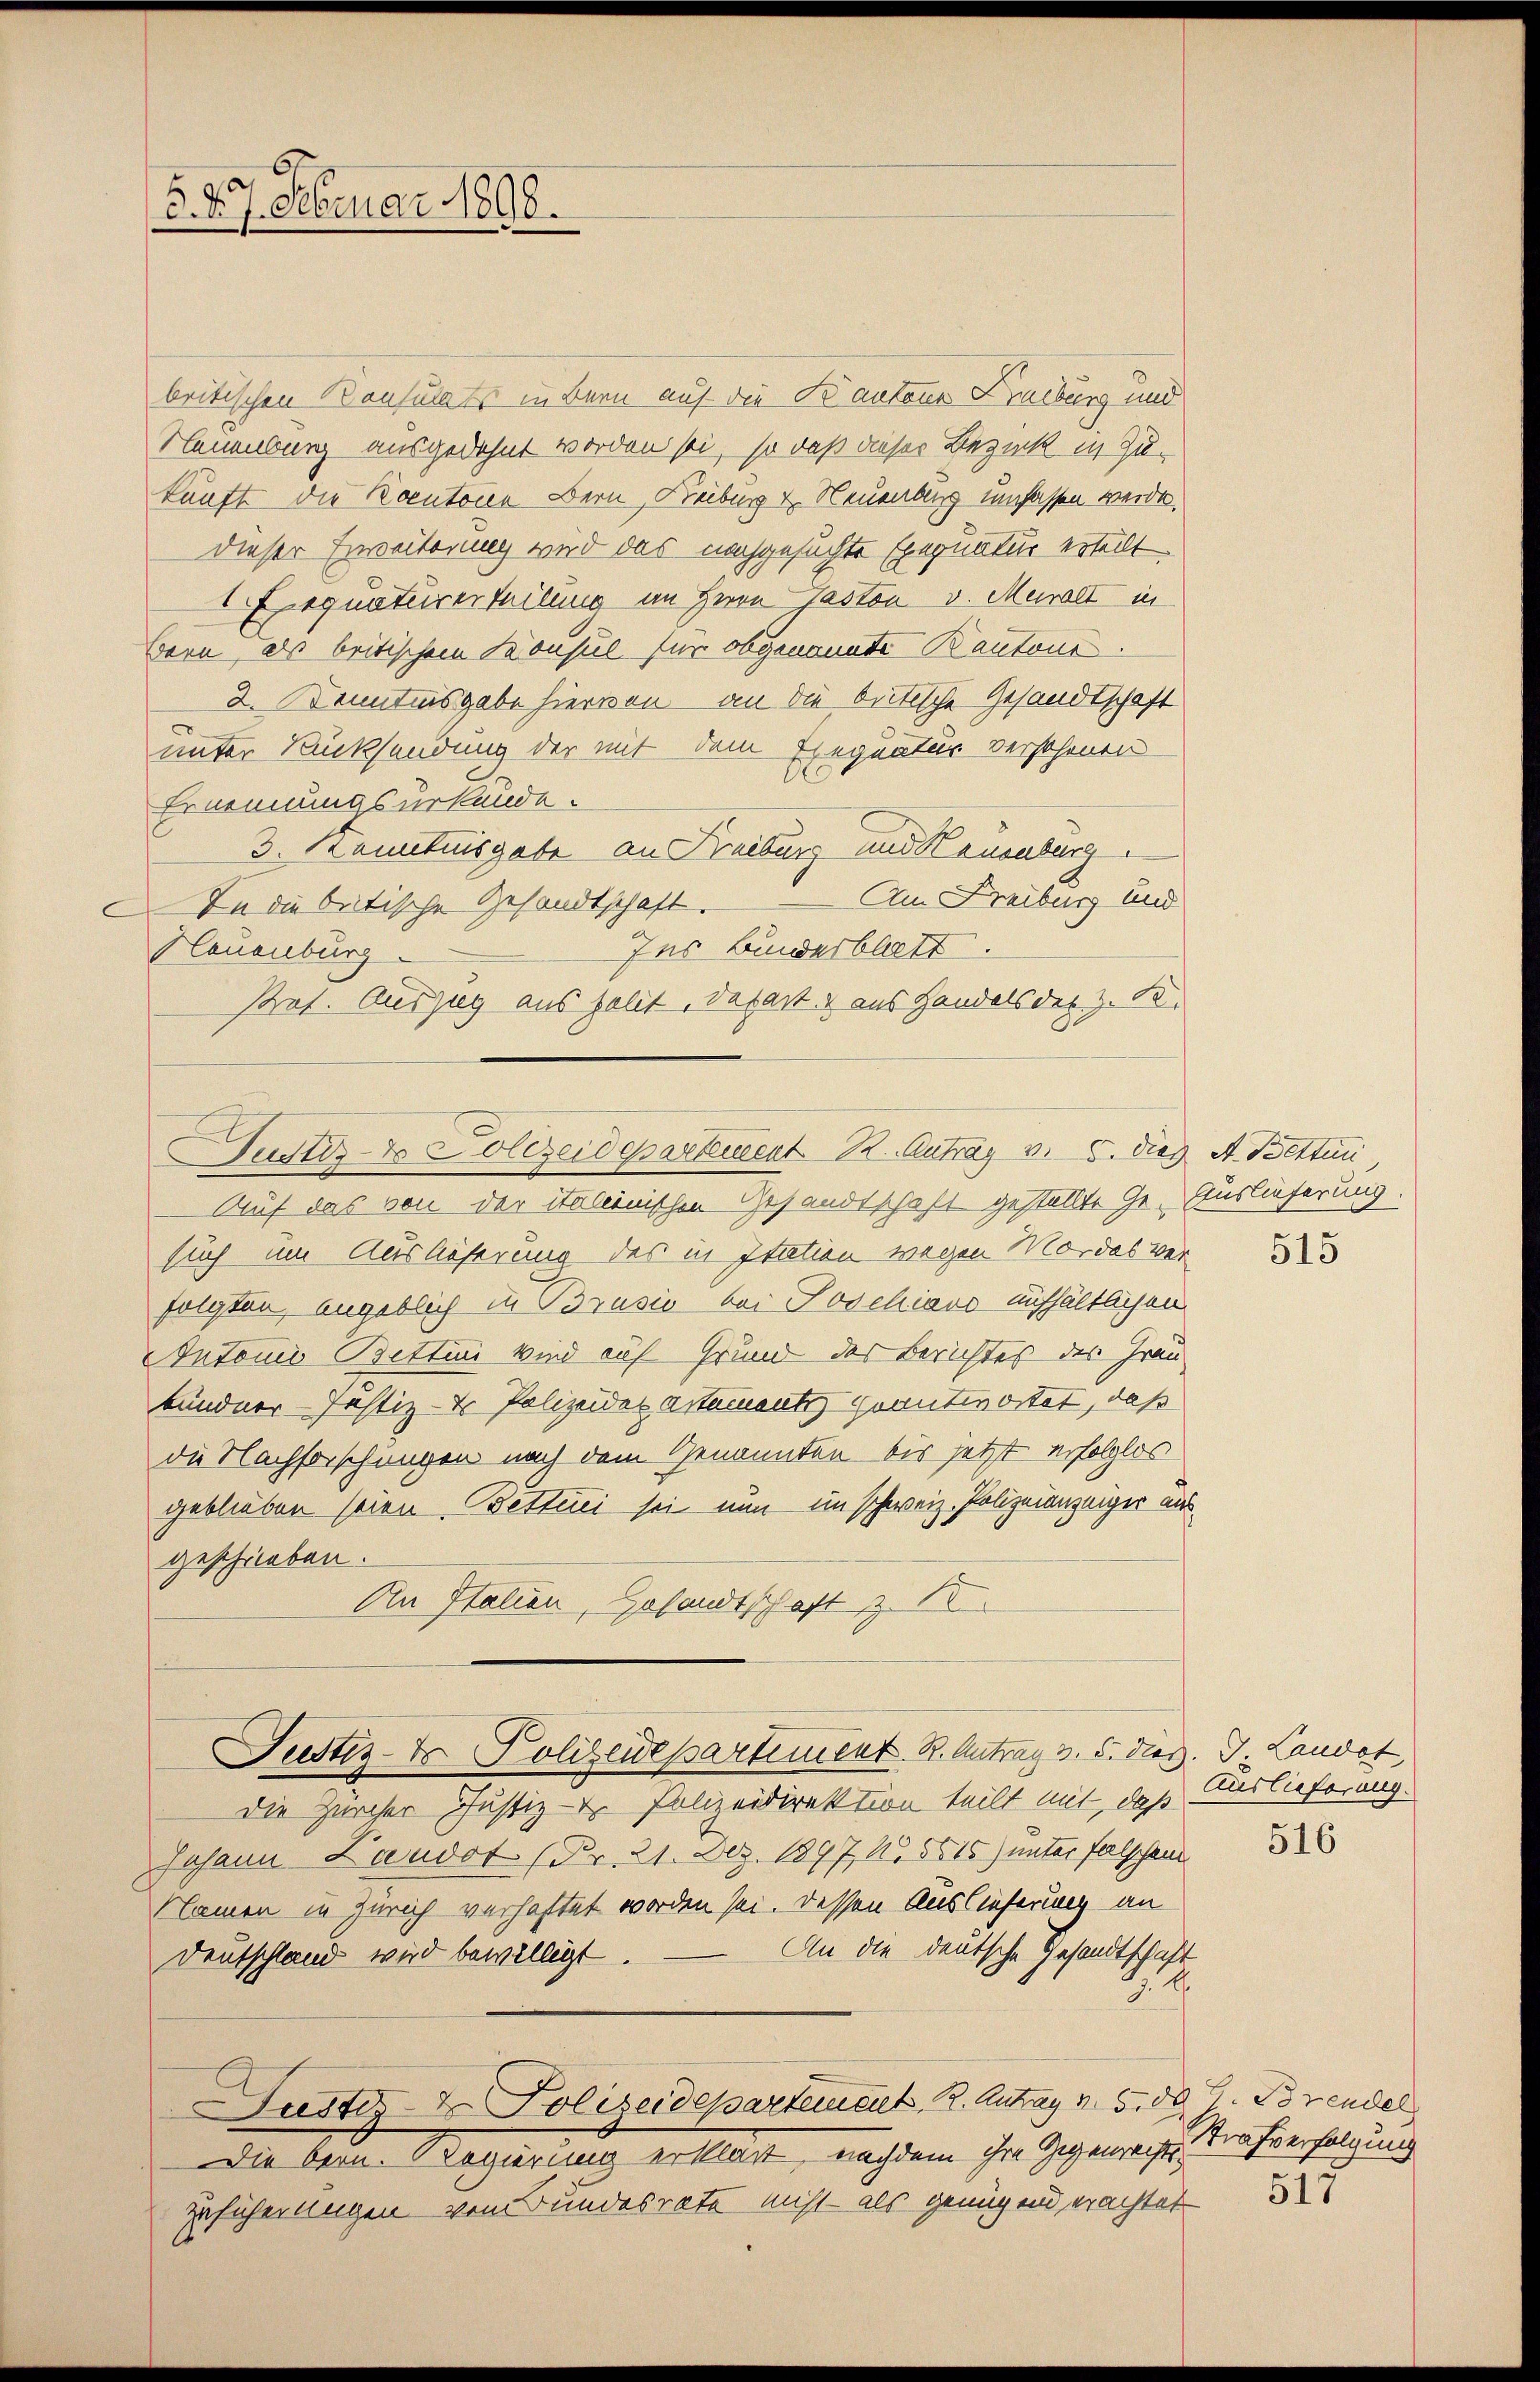
B. d. 7. Februar 1890.

britischen Konsulats in Bern auf die Kantone Freiburg und
Neuenburg ausgedehnt worden sei, so daß dieser Bezirk in Zu-
kunft die Kantone Bern, Freiburg v. Neuenburg umfassen werde.
dieser Erweiterung wird das nachgesuchte Exequatur erteilt.
equaturerteilung im Herrn Paston v. Muralt in
Bern, als britischem Konsul für obgenomete Kantone
2. Kenntnisgabe hiervon an die britische Gesandtschaft
unter Rücksendung der mit dem Exequatur verschönen
Ernennungsurkunde.
3. Kenntnisgabe an Freiburg und Neuenburg
Am Freiburg und
In die betische Gesandtschaft.
Ins Bunderblatt.
Neuenburg
Prat. Auszug aus polit, dasart aus Handels der z. B.
Justiz- & Polizeidesarteurent B. Antrag v. 5. dies A. Brettun
Auf das von der italienischen Gesandtschaft gestellte Ge- Auslieferung.
sich um Auslöserung des in Itation wegen Mordes verfolgten, angeblich in Brusio bei Poschiavo aufhältlichen
Autoris Bettini Wind auf Grund des Berichtes des Frau
kundner Justiz- & Polizeider astamentz geantwortet, daß
die Nachforschungen nach dem Genannten bis jetzt erfolglos
geblieben seien. Betterei sei nun im schweiz. Polizeianzeiger ausgeschrieben.
An Italien, Gesandtschaft z. B.

515

Justiz- & Polizeidepartement. R. Antrag 3. 5. dies. J. Landot,

Auslieferung.

die Zürcher Justiz- & Polizeidirektion teilt mit, daß
Johann Laudot (Pr. 21. Dez. 1897, N. 5515) unter falschen
Namen in Zürich verhaftet worden sei. Dessen Auslieferung an
An die deutsche Gesandtschaft
Deutschland wird bewilligt.
Justiz- & Polizeidepartement, R. Antrag v. 5. 50 J. Brendel
Die Bern. Regierung erklärt, nachdem ihre Gegenrechts-
Zusicherungen von Bundesrate nicht - als genügend erachtet

516

b.

Strafverfolgung

517